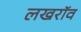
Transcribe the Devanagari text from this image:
लखरॉव